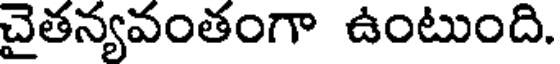
చైతన్యవంతంగా ఉంటుంది.